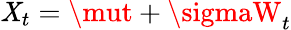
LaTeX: \mathit{X}_{t}=\mut+\sigmaW_{t}